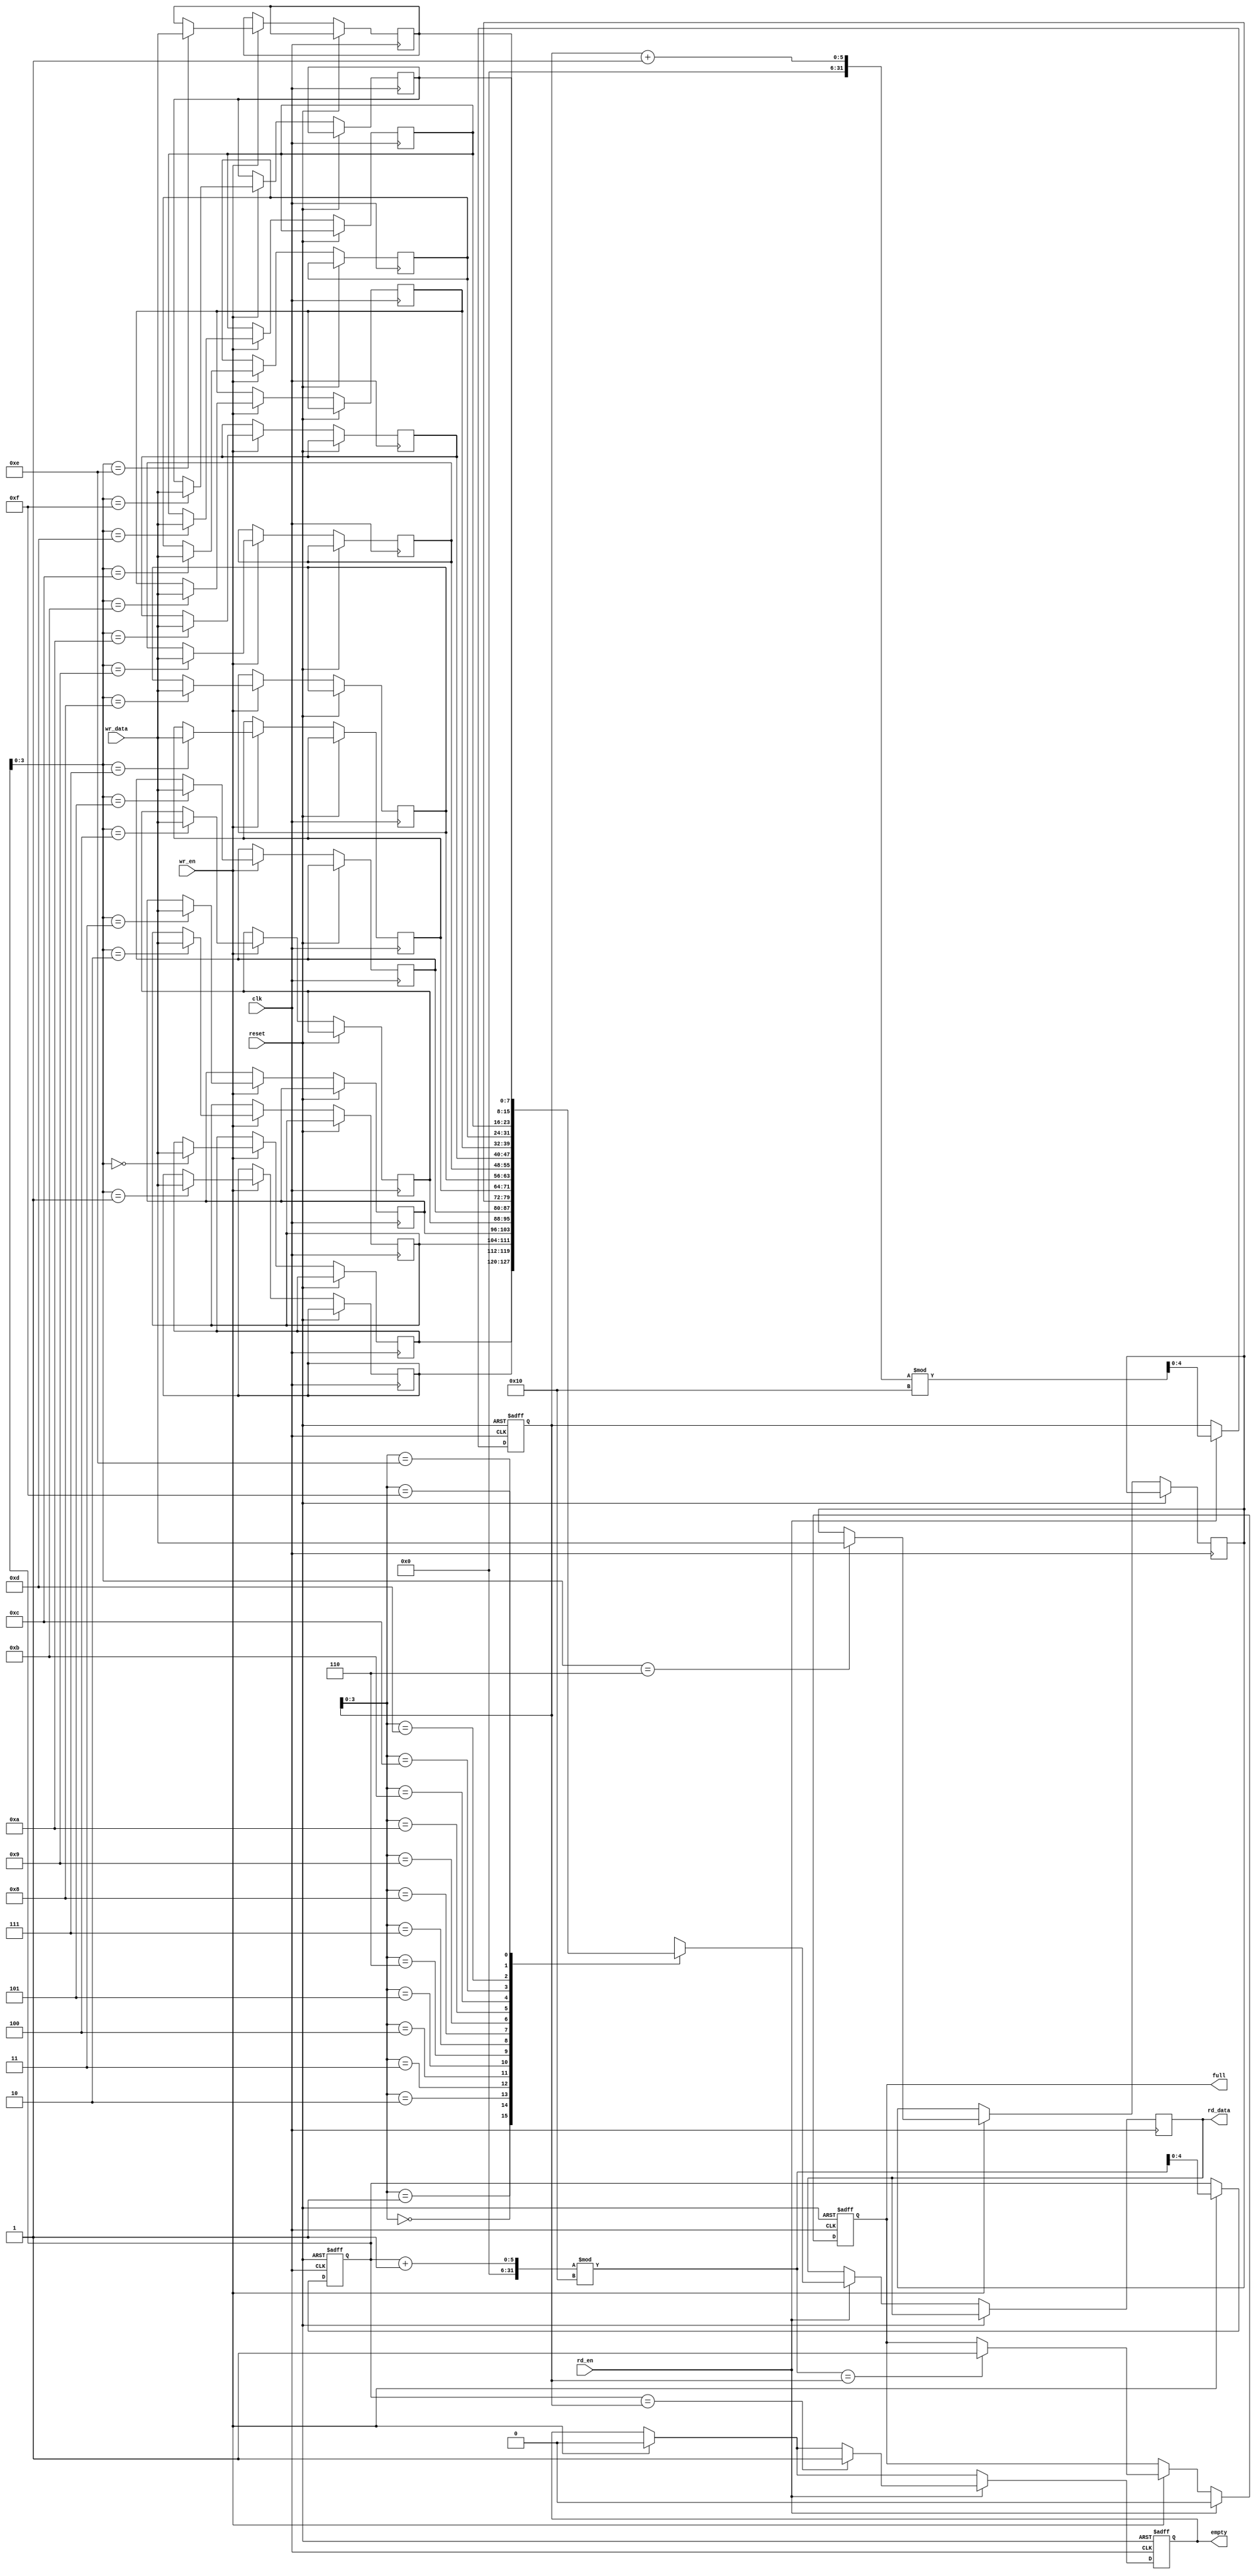
module synchronous_fifo (
    input wire clk,
    input wire reset,
    input wire wr_en,
    input wire rd_en,
    input wire [DATA_WIDTH-1:0] wr_data,
    output reg [DATA_WIDTH-1:0] rd_data,
    output reg full,
    output reg empty
);

parameter DATA_WIDTH = 8;
parameter FIFO_DEPTH = 16;

reg [DATA_WIDTH-1:0] mem [0:FIFO_DEPTH-1];
reg [4:0] wr_ptr;
reg [4:0] rd_ptr;

always @(posedge clk or posedge reset) begin
    if (reset) begin
        wr_ptr <= 5'b0;
        rd_ptr <= 5'b0;
        full <= 1'b0;
        empty <= 1'b1;
    end else begin
        if (wr_en) begin
            mem[wr_ptr] <= wr_data;
            wr_ptr <= (wr_ptr + 1) % FIFO_DEPTH;
            if (((wr_ptr + 1) % FIFO_DEPTH) == rd_ptr) begin
                full <= 1'b1;
            end
            empty <= 1'b0;
        end

        if (rd_en) begin
            rd_data <= mem[rd_ptr];
            rd_ptr <= (rd_ptr + 1) % FIFO_DEPTH;
            if (wr_ptr == rd_ptr) begin
                empty <= 1'b1;
            end
            full <= 1'b0;
        end
    end
end

endmodule